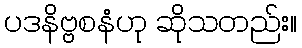
ပဒနိဗ္ဗစနံဟု ဆိုသတည်း။